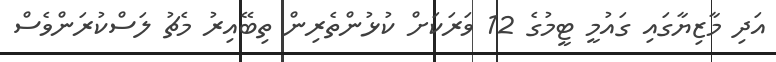
އަދި މާޒިޔާގައި ގައުމީ ޓީމުގެ 12 ވަރަކަށް ކުޅުންތެރިން ތިބޭއިރު މެޗު ލަސްކުރަންވެސް